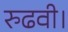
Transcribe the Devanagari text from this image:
रुढवी।